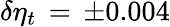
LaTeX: \delta\eta_{t}\, =\, \pm 0.004